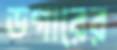
ডগারের